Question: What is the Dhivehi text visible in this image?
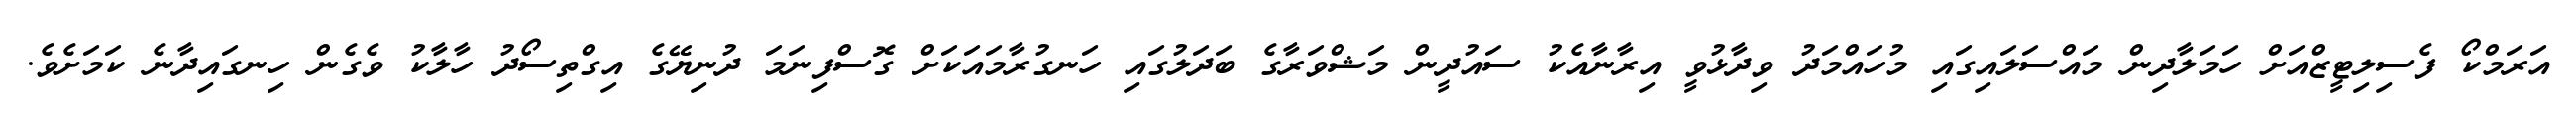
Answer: އަރަމްކޯ ފެސިލިޓީޒްއަށް ހަމަލާދިން މައްސަލައިގައި މުހައްމަދު ވިދާޅުވީ އިރާނާއެކު ސައުދީން މަޝްވަރާގެ ބަދަލުގައި ހަނގުރާމައަކަށް ގޮސްފިނަމަ ދުނިޔޭގެ އިގްތިސޯދު ހާލާކު ވެގެން ހިނގައިދާނެ ކަމަށެވެ.